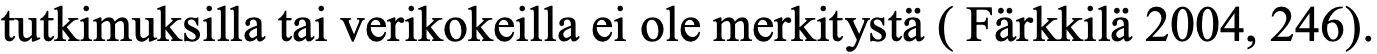
tutkimuksilla tai verikokeilla ei ole merkitystä ( Färkkilä 2004, 246).